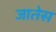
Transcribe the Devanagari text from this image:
जातेस